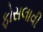
ફોસલાવી